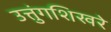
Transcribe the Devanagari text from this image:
उत्तुंगशिखरे